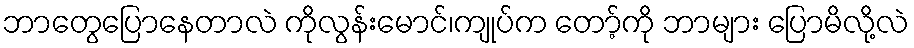
ဘာတွေပြောနေတာလဲ ကိုလွန်းမောင်၊ကျုပ်က တော့်ကို ဘာများ ပြောမိလို့လဲ